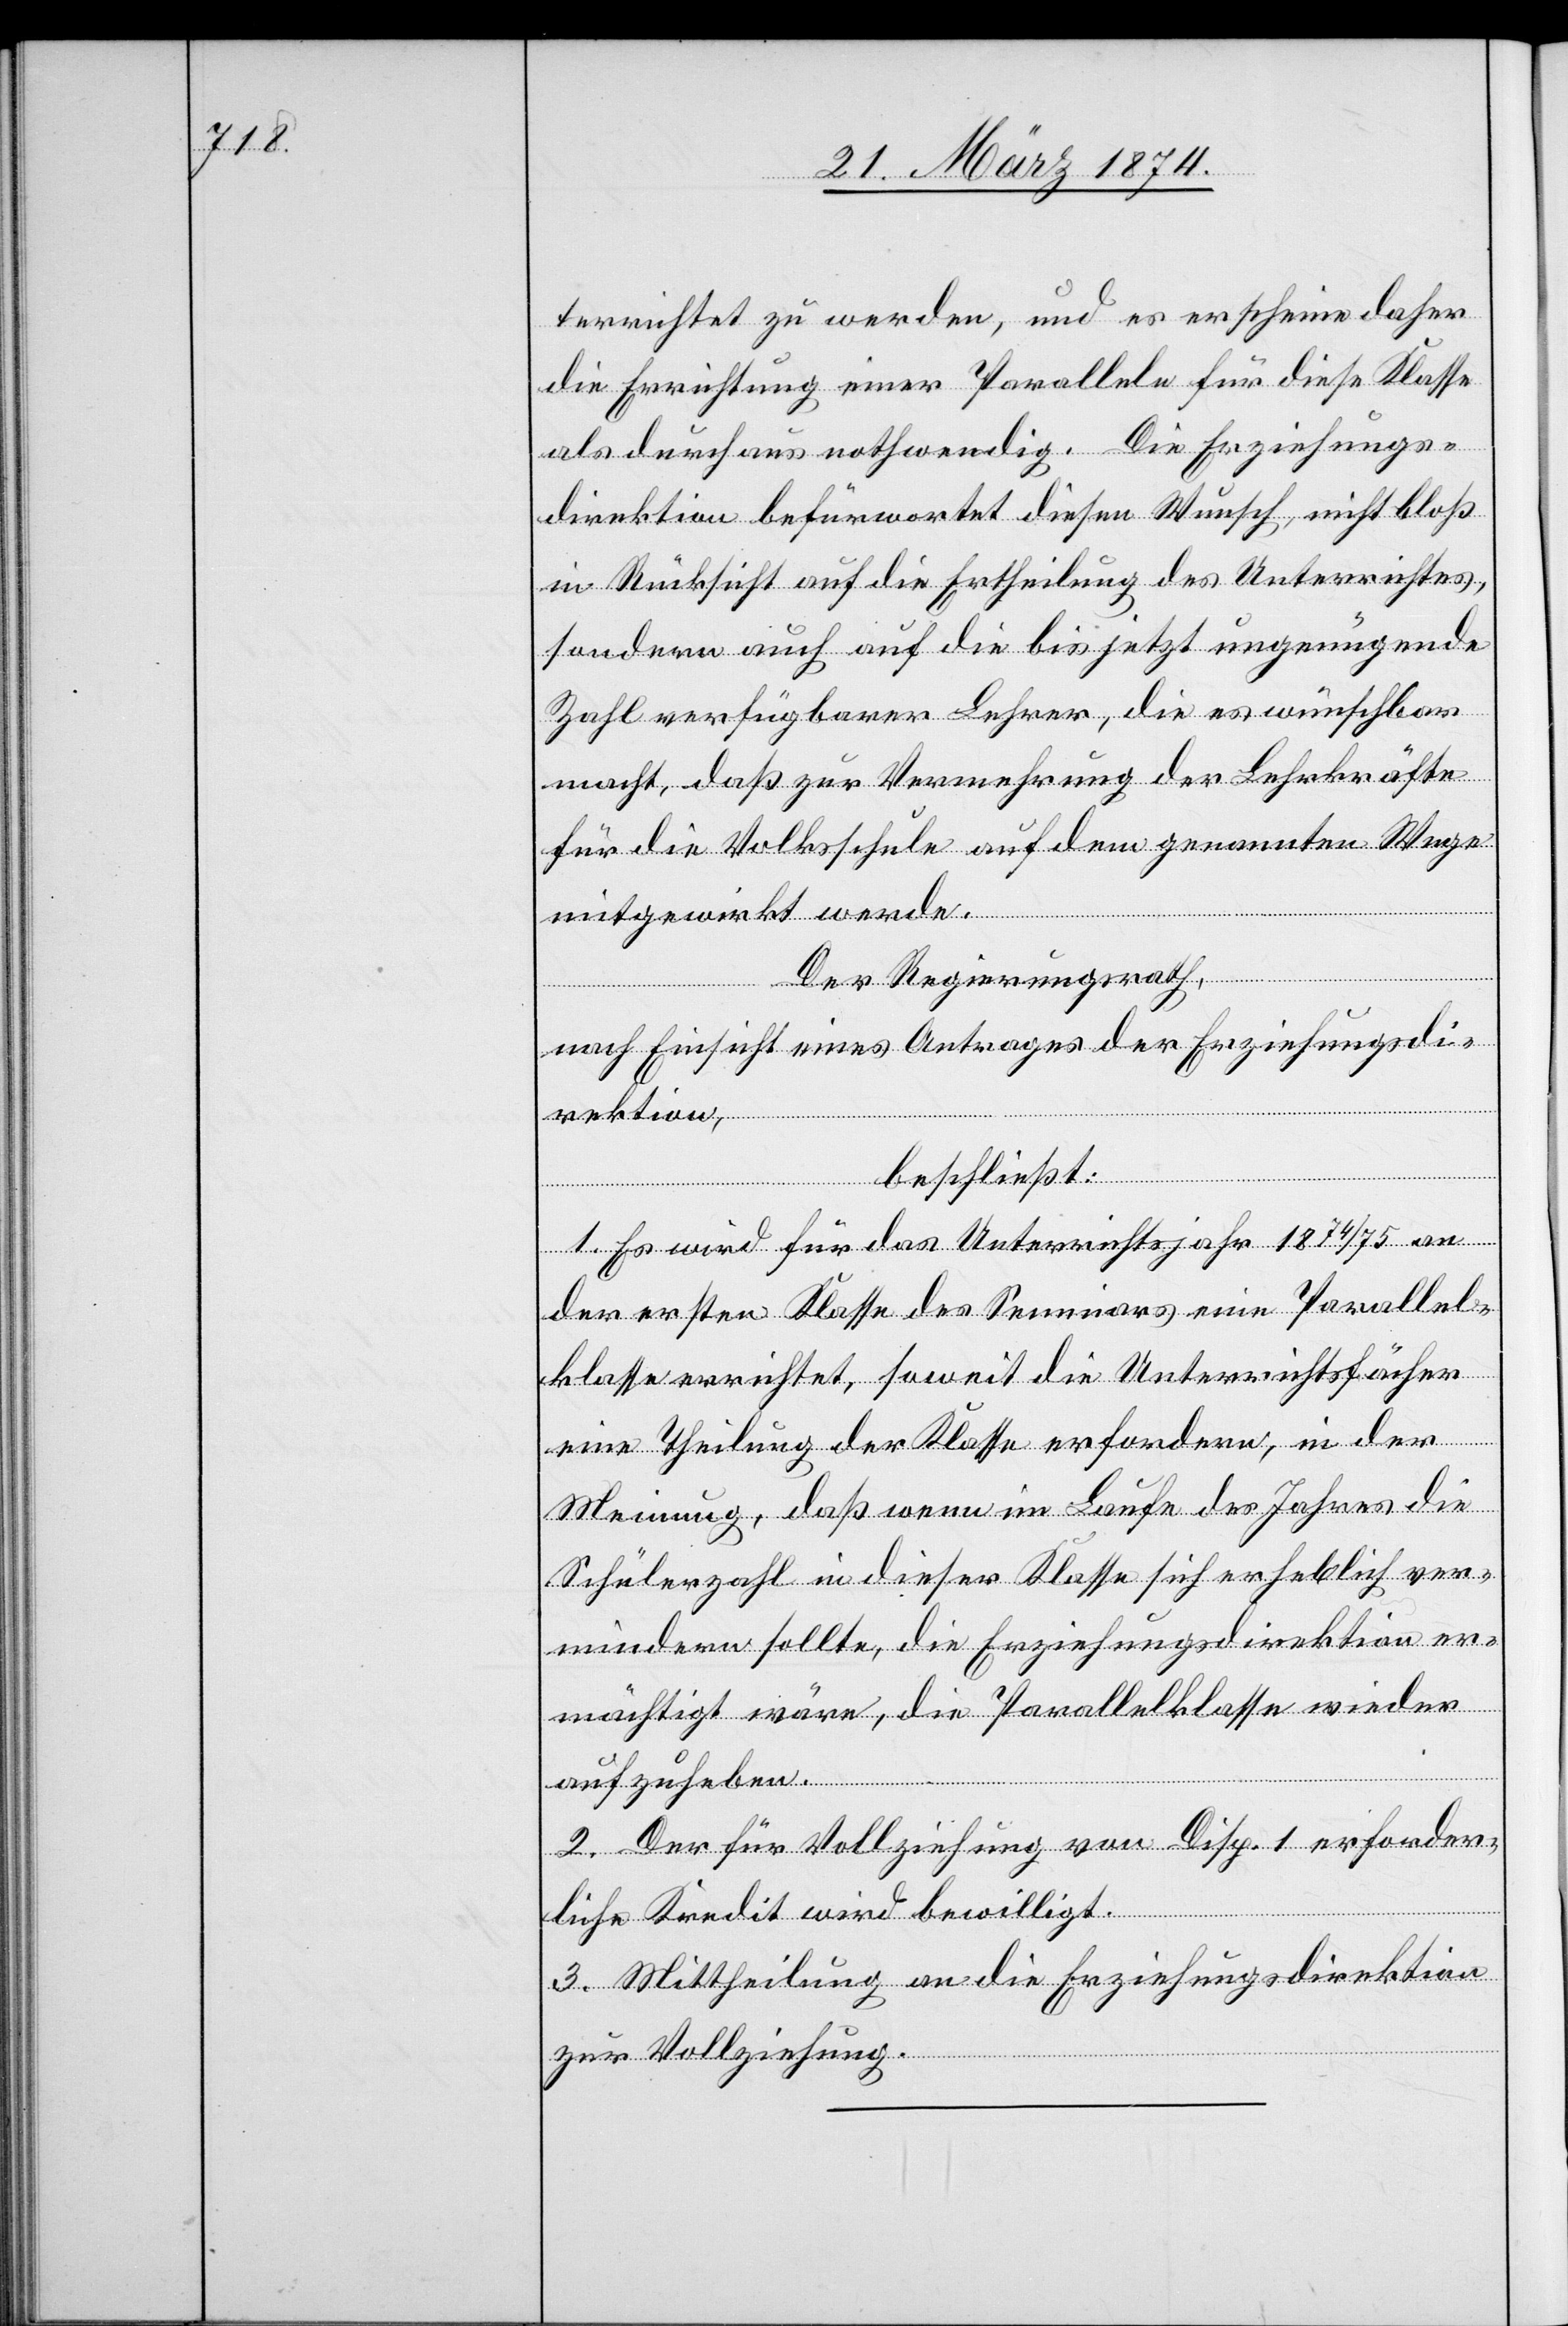
terrichtet zu werden, und es erscheine daher
die Errichtung einer Parallele für diese Klasse
als durchaus nothwendig. Die Erziehungs¬
direktion befürwortet diesen Wunsch, nicht bloß
in Rücksicht auf die Ertheilung des Unterrichtes,
sondern auch auf die bis jetzt ungenügende
Zahl verfügbarer Lehrer, die es wünschbar
macht, daß zur Vermehrung der Lehrkräfte
für die Volksschule auf dem genannten Wege
mitgewirkt werde.
Der Regierungsrath,
nach Einsicht eines Antrages der Erziehungsdi¬
rektion,
beschließt:
1. Es wird für das Unterrichtsjahr 1874/75 an
der ersten Klasse des Seminars eine Parallel¬
klasse errichtet, soweit die Unterrichtsfächer
eine Theilung der Klasse erfordern, in der
Meinung, daß wenn im Laufe des Jahres die
Schülerzahl in dieser Klasse sich erheblich ver¬
mindern sollte, die Erziehungsdirektion er¬
mächtigt wäre, die Parallelklasse wieder
aufzuheben.
2. Der für Vollziehung von Disp. 1 erforder¬
liche Kredit wird bewilligt.
3. Mittheilung an die Erziehungsdirektion
zur Vollziehung.